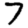
Digit: 7